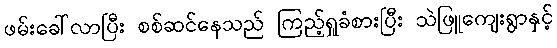
ဖမ်းခေါ်လာပြီး စစ်ဆင်နေသည် ကြည့်ရှုခံစားပြီး သဲဖြူကျေးရွာနှင့်